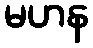
မဟန